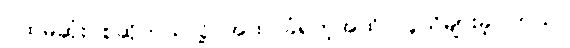
ပထမဆုံး စဆိုတယ်လို့ အထင်ခံရတဲ့အထိ လူသိများခဲ့ပါတယ်။